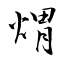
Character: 煟